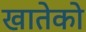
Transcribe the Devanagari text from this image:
खातेको